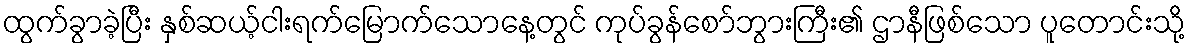
ထွက်ခွာခဲ့ပြီး နှစ်ဆယ့်ငါးရက်မြောက်သောနေ့တွင် ကုပ်ခွန်စော်ဘွားကြီး၏ ဌာနီဖြစ်သော ပူတောင်းသို့